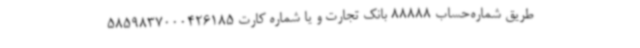
طریق شماره‌حساب 88888 بانک تجارت و یا شماره کارت 5859837000426185